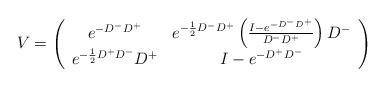
LaTeX: \begin{align*}V=\left( \begin{array}{cc} e^{-D^- D^+} & e^{-\frac{1}{2}D^- D^+}\left( \frac{I- e^{-D^- D^+}}{D^- D^+} \right) D^-\\e^{-\frac{1}{2}D^+ D^-}D^+& I- e^{-D^+ D^-}\end{array} \right)\end{align*}